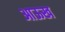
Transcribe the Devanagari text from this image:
आऊख